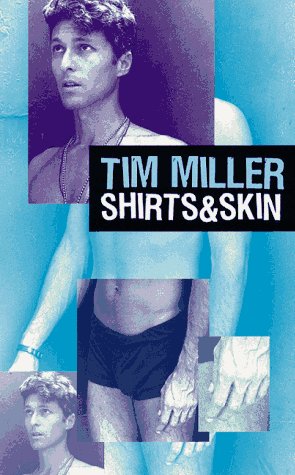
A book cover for Shirts & Skin; Tim Miller; Gay & Lesbian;